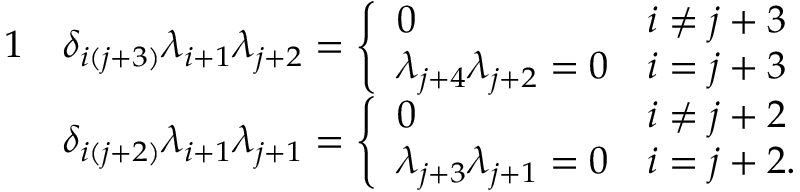
\begin{array} { r l } { { 1 } } & { \delta _ { i ( j + 3 ) } \lambda _ { i + 1 } \lambda _ { j + 2 } = \left\{ \begin{array} { l l } { 0 } & { i \neq j + 3 } \\ { \lambda _ { j + 4 } \lambda _ { j + 2 } = 0 } & { i = j + 3 } \end{array} \right. } \\ & { \delta _ { i ( j + 2 ) } \lambda _ { i + 1 } \lambda _ { j + 1 } = \left\{ \begin{array} { l l } { 0 } & { i \neq j + 2 } \\ { \lambda _ { j + 3 } \lambda _ { j + 1 } = 0 } & { i = j + 2 . } \end{array} \right. } \end{array}